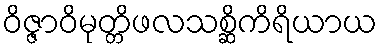
ဝိဇ္ဇာဝိမုတ္တိဖလသစ္ဆိကိရိယာယ